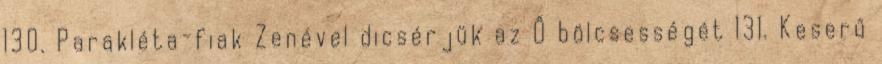
130. Parakléta-fiak Zenével dicsérjük az Ő bölcsességét 131. Keserű